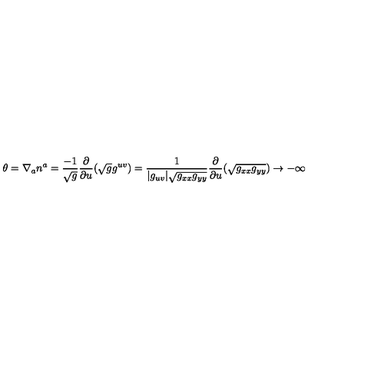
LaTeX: \theta = \nabla _ { a } n ^ { a } = { \frac { - 1 } { \sqrt { g } } } { \frac { \partial } { \partial u } } { ( \sqrt { g } g ^ { u v } ) } = { \frac { 1 } { | g _ { u v } | \sqrt { g _ { x x } g _ { y y } } } } { \frac { \partial } { \partial u } } { ( \sqrt { g _ { x x } g _ { y y } } ) } \to - \infty